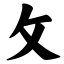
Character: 攵